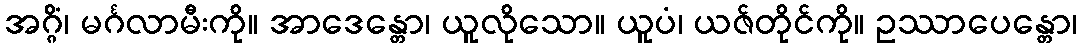
အဂ္ဂိံ၊ မင်္ဂလာမီးကို။ အာဒေန္တော၊ ယူလိုသော။ ယူပံ၊ ယဇ်တိုင်ကို။ ဥဿာပေန္တော၊